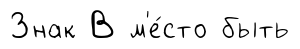
Знак В м'е́сто быть